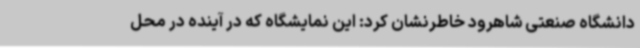
دانشگاه صنعتی شاهرود خاطرنشان کرد: این نمایشگاه که در آینده در محل